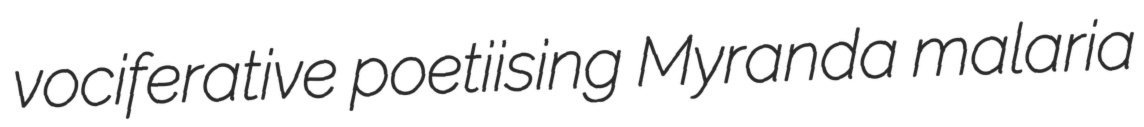
vociferative poetiising Myranda malaria